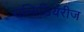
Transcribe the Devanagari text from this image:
सब्सिडियरीज